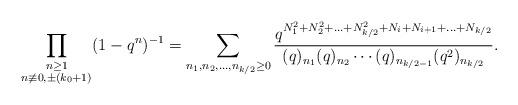
LaTeX: \begin{align*}\prod_{\substack{n\geq 1\\n\not\equiv 0,\pm (k_0 +1)}}(1-q^n)^{-1} = \sum_{n_1,n_2,\ldots,n_{k/2}\geq 0} \frac{q^{N_{1}^{2}+N_{2}^{2}+...+ N^{2}_{k/2}+N_{i}+N_{i+1}+\ldots+N_{k/2} }}{(q)_{n_1} (q)_{n_2}\cdots (q)_{n_{k/2-1}} (q^2)_{n_{k/2}}}.\end{align*}